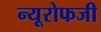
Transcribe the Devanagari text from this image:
न्यूरोफजी